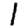
Digit: 1